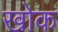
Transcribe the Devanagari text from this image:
खोक